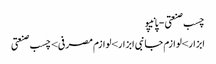
چسب صنعتی - پانیپو
ابزار>لوازم جانبی ابزار>لوازم مصرفی>چسب صنعتی